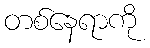
တစ်နေရာကို